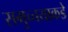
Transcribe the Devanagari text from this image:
समुच्चयाकडे